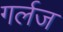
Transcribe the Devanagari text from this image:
गर्लज